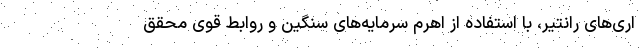
اری‌های رانتیر، با استفاده از اهرم سرمایه‌های سنگین و روابط قوی محقق